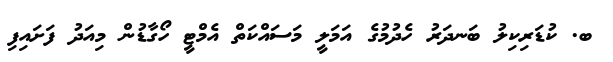
ބ. ކުޑަރިކިލު ބަނދަރު ހެދުމުގެ އަމަލީ މަސައްކަތް އެމްޓީ ހޯގާޑުން މިއަދު ފަށައިފި